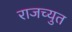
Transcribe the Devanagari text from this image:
राजच्युत